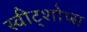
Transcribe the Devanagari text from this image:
स्वीट्शोप्स